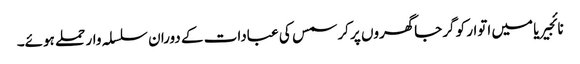
نائجیریا میں اتوار کو گرجاگھروں پر کرسمس کی عبادات کے دوران سلسلہ وار حملے ہوئے۔